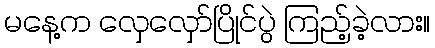
မနေ့က လှေလှော်ပြိုင်ပွဲ ကြည့်ခဲ့လား။